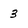
Character: 3